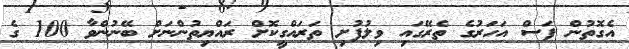
އެގޮތުން ފަސް އަހަރުގެ ތެރޭގައި ވިލުފުށި ތަރައްގީކޮށް ރައްޔިތުންނަށް ބޭނުންވާ 100 ގެ